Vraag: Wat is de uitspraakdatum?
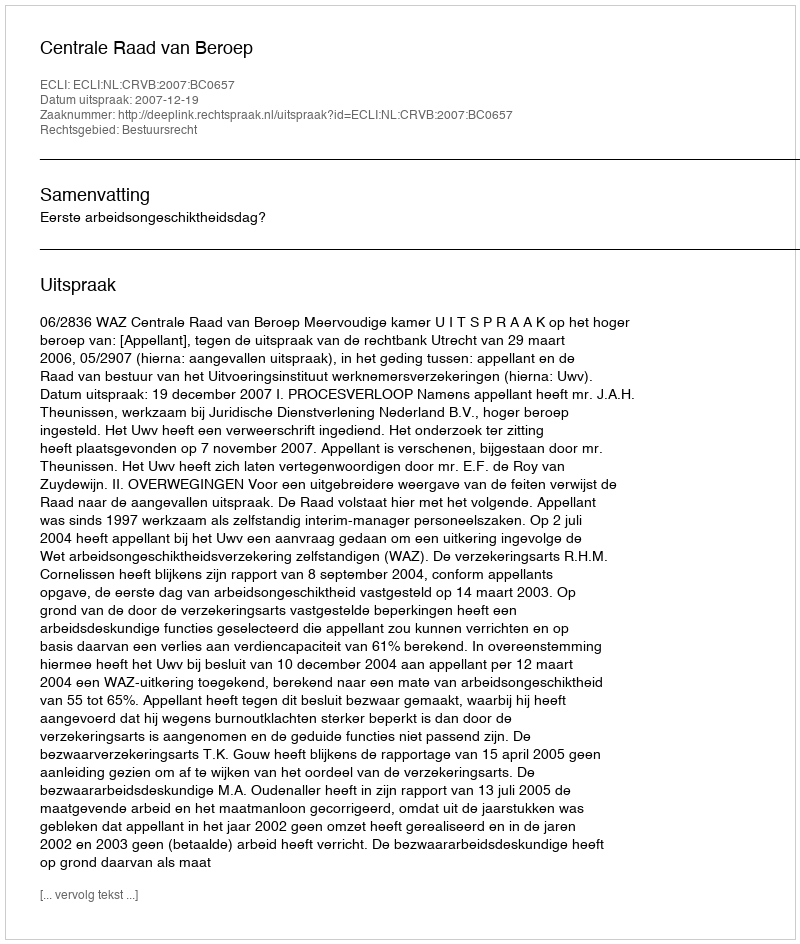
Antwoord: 2007-12-19